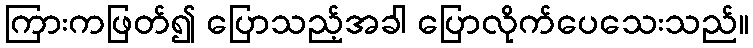
ကြားကဖြတ်၍ ပြောသည့်အခါ ပြောလိုက်ပေသေးသည်။